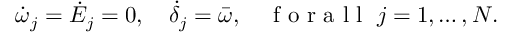
\dot { \omega } _ { j } = \dot { E } _ { j } = 0 , \quad \dot { \delta } _ { j } = \bar { \omega } , \quad \mathrm { ~ f ~ o ~ r ~ a ~ l ~ l ~ } \; j = 1 , \ldots , N .